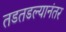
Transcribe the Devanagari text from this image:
तडतडल्यानंतर